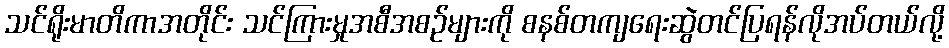
သင်ရိုးမာတိကာအတိုင်း သင်ကြားမှုအစီအစဉ်များကို စနစ်တကျရေးဆွဲတင်ပြရန်လိုအပ်တယ်လို့